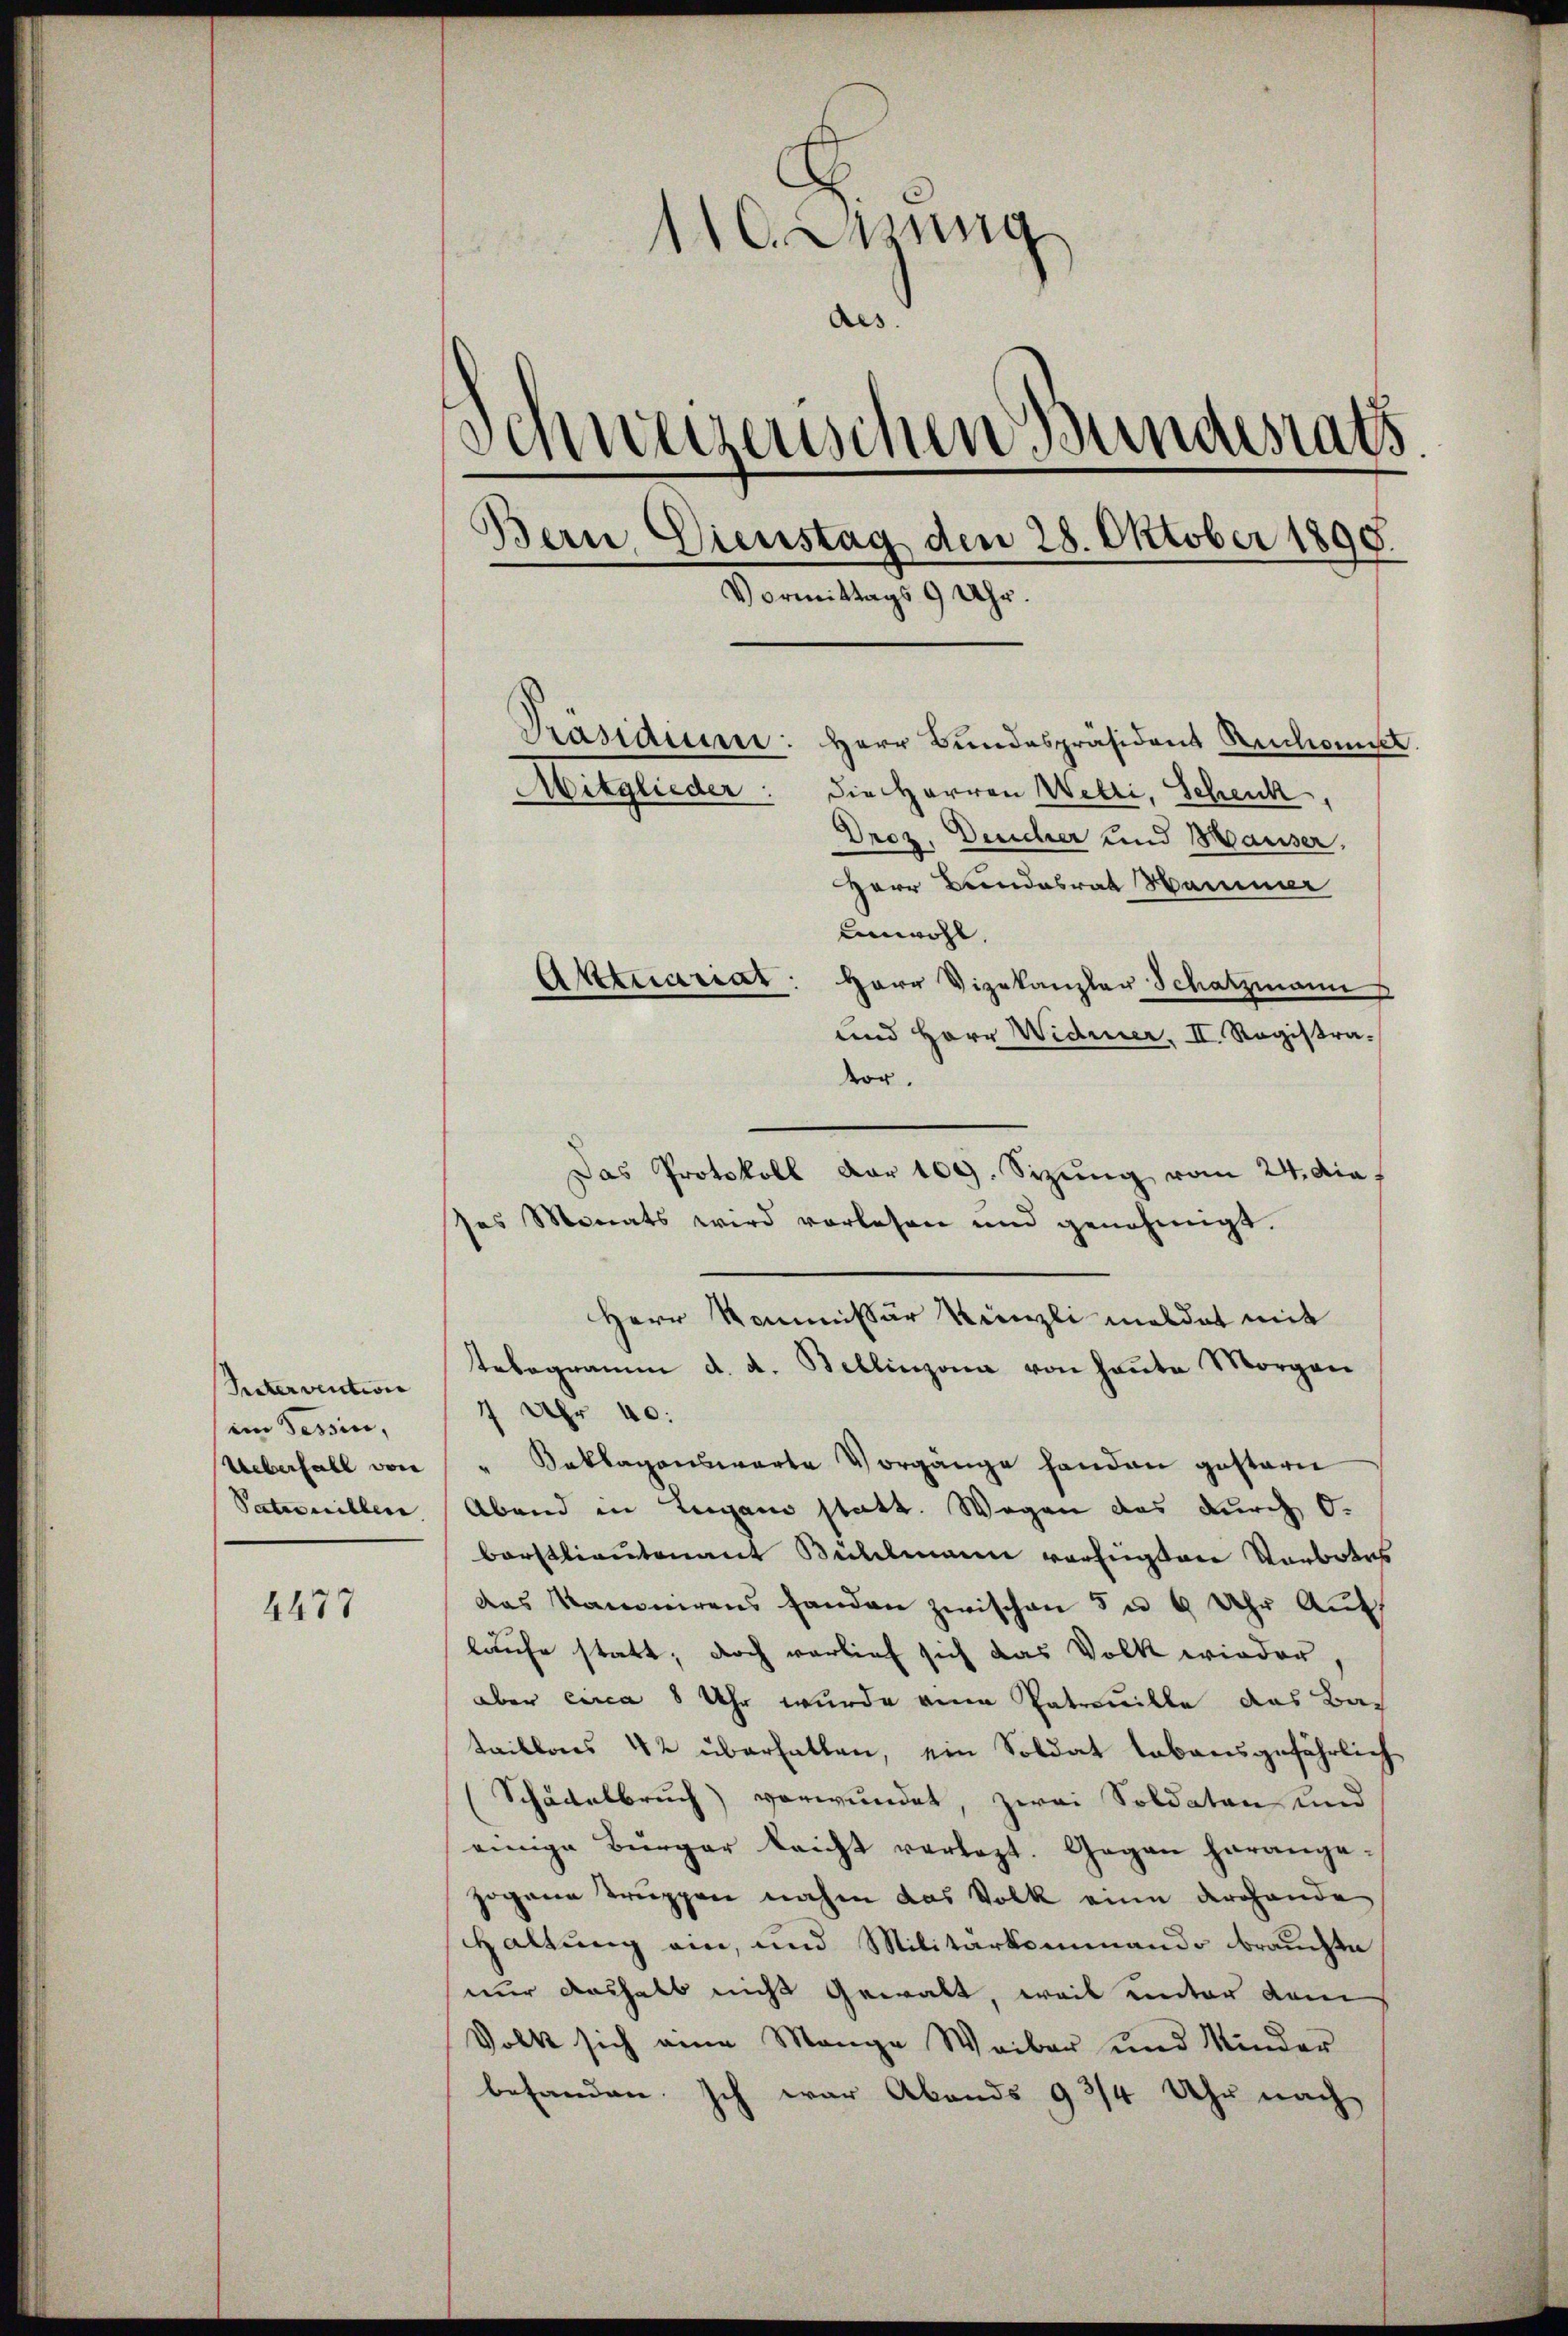
Ritervention
im Tessin,
Ueberfall von
Satinillen

4477

110. Jung
des
Schweizerischen Bundesrats.
Bern, Dienstag den 28. Oktober 1890.
Vormittags 9 Uhr.
Präsidieren: Herr Bundespräsident Ruckomit
Mitglieder: die Herren Wetti, Schenk,
Droz. Deucher und Hauser,

Herr Bundesrat Hammer
Einwohl.
Atttuariat: Herr Vizekanzler Schatzmann
und Herr Widmer. II. Registravor.
Das Protokoll der 109. Sizŭng vom 24. die
ses Monats wird vorlesen und genehmigt.
Herr Kommissär Künzli meldet mit
tebegramm d. d. Bellinzona von heute Morgen
7 Uhr 40.
" Beklagenswarte Vorgänge handen gestern
Abend in Lugano statt. Wegen das durch O.
barstlieutenant Bühlmann vorligten Verbotes
das Kanonirens handen zwischen 5 u 6 Uhr Auflaufe statt; doch vorlief sich das Volk wieder
aber circa 8 Uhr wurde eine Patrouille das Bac
taillonis 42 überhalten, ein Soldat tabensgefährlich
Schädelbruch verwundet, zwei Soldaten und
einige Bürger leicht verlegt. Gegen herangezogene Truppen nahm das Volk eine drohende
Haltung ein, und Militärkommando brauchte
nur aushalb nicht gewalt, weil unter dem
Volk sich eine Mange Weiber und Minder
behanden. Ich war Abends 93/4 Uhr nach